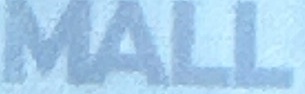
MALL